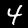
Label: 4